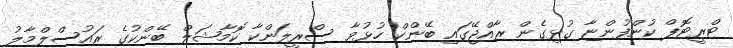
ޓްރީޓޮޕް ކުންފުންޏާ ގުޅިގެން ރާއްޖޭގައި ބޭންކް ހުޅުވާ ސްރީލަންކާ ކޮމާޝަލް ބޭންކުގެ ރައުސްލްމާލު